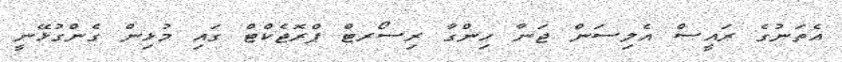
އެތަނުގެ ރައީސް އެލިސަން ޖަނާ ހިންގާ ރިސޯރޓް ޕްރޮޖެކްޓް ގައި މުޅިން ގެންގުޅޭނީ